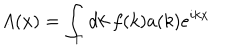
A ( x ) = \int _ { \Gamma } d k ~ f ( k ) a ( k ) e ^ { i k x }